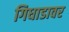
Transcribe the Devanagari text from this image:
गिधाडावर